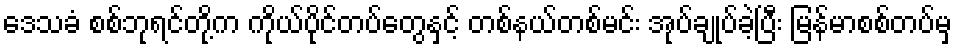
ဒေသခံ စစ်ဘုရင်တို့က ကိုယ်ပိုင်တပ်တွေနှင့် တစ်နယ်တစ်မင်း အုပ်ချုပ်ခဲ့ပြီး မြန်မာစစ်တပ်မှ